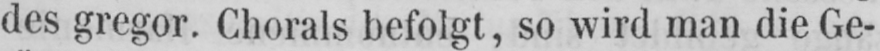
des gregor. Chorals befolgt, so wird man die Ge-